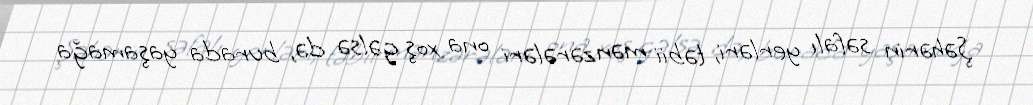
Şəhərin səfalı yerləri, təbii mənzərələri ona xoş gəlsə də, burada yaşamağa